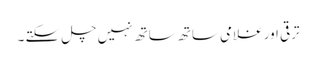
ترقی اور غلامی ساتھ ساتھ نہیں چل سکتے ۔